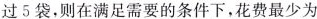
过5袋，则在满足需要的条件下，花费最少为